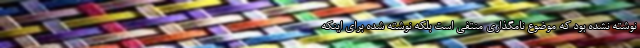
نوشته نشده بود که موضوع نامگذاری منتفی است بلکه نوشته شده برای اینکه